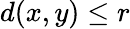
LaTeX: d(x,y)\leq r